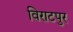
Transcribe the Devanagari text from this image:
विराटपुर